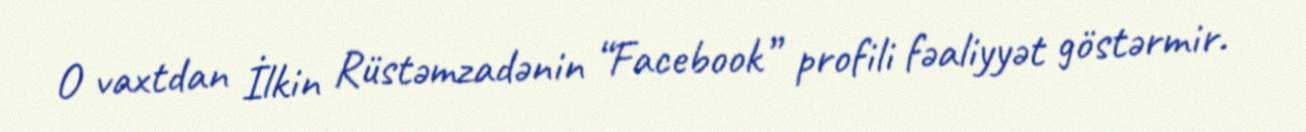
O vaxtdan İlkin Rüstəmzadənin “Facebook” profili fəaliyyət göstərmir.